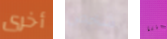
أخرى شخص لعبتنا